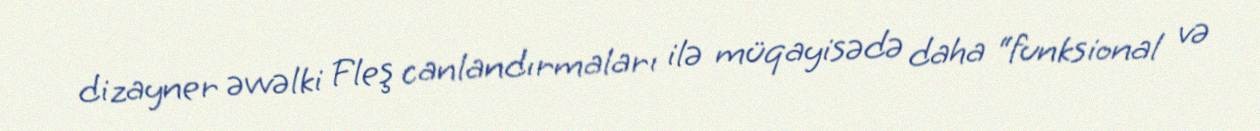
dizayner əvvəlki Fleş canlandırmaları ilə müqayisədə daha “funksional və